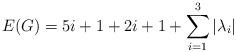
LaTeX: \begin{align*}E(G) = 5i+1 + 2i+1 +\sum_{i=1}^3 |\lambda_i|\end{align*}